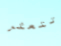
تتعثر